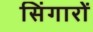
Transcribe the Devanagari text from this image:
सिंगारों